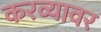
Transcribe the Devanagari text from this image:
करव्यावर